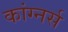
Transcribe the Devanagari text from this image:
कांग्नर्स